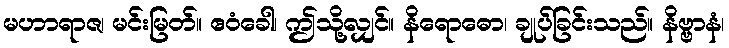
မဟာရာဇ၊ မင်းမြတ်။ ဧဝံခေါ၊ ဤသို့လျှင်။ နိရောဓော၊ ချုပ်ခြင်းသည်။ နိဗ္ဗာနံ၊